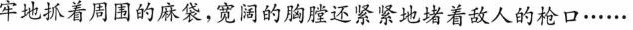
牢地抓着周围的麻袋，宽阔的胸膛还紧紧地堵着敌人的枪口……